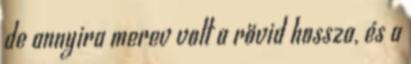
de annyira merev volt a rövid hossza, és a